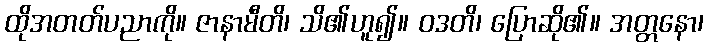
ထိုအတတ်ပညာကို။ ဇာနာမီတိ၊ သိ၏ဟူ၍။ ဝဒတိ၊ ပြောဆို၏။ အတ္တနော၊